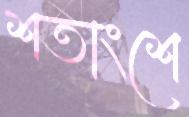
শতাংশে